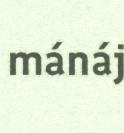
mánáj